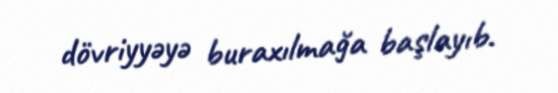
dövriyyəyə buraxılmağa başlayıb.